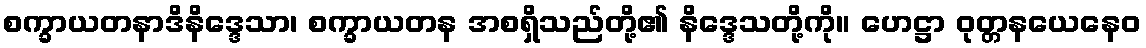
စက္ခာယတနာဒိနိဒ္ဒေသာ၊ စက္ခာယတန အစရှိသည်တို့၏ နိဒ္ဒေသတို့ကို။ ဟေဋ္ဌာ ဝုတ္တနယေနေဝ